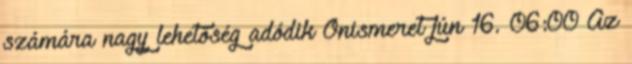
számára nagy lehetőség adódik Önismeret jún 16. 06:00 Az